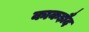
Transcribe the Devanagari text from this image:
काकड़ौद